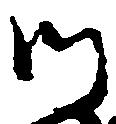
師